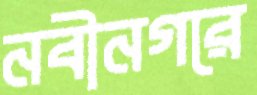
নবীনগরে